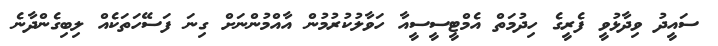
ސައީދު ވިދާޅުވީ ފެރީގެ ހިދުމަތް އެމްޓީސީސީއާ ހަވާލުކުރުމުން އާއްމުންނަށް ގިނަ ފަސޭހަތަކެއް ލިބިގެންދާނެ